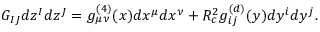
G _ { I J } d z ^ { I } d z ^ { J } = g _ { \mu \nu } ^ { ( 4 ) } ( x ) d x ^ { \mu } d x ^ { \nu } + R _ { c } ^ { 2 } g _ { i j } ^ { ( d ) } ( y ) d y ^ { i } d y ^ { j } .